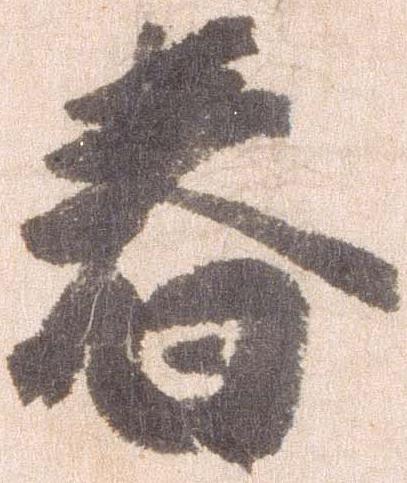
春